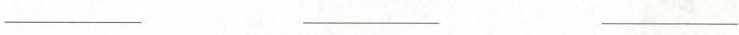
___ ___ ___